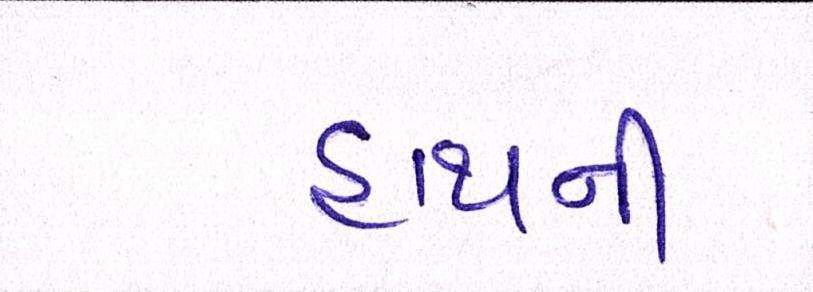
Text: હાથની